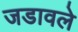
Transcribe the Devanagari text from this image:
जडावले